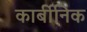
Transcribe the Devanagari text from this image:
कार्बीनिक